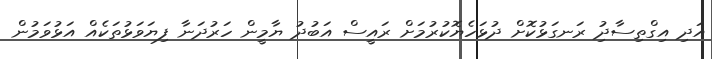
އަދި އިގްތިސާދުި ރަނގަޅުކޮށް ދުޅަހެޔޮކުރުމަށް ރައީސް އަބުދު ޔާމީން ހަރުދަނާ ފިޔަވަޅުތަކެއް އަޅުވަމުން